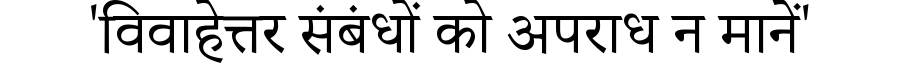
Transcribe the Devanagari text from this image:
'विवाहेत्तर संबंधों को अपराध न मानें'